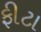
ફીટા